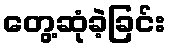
တွေ့ဆုံခဲ့ခြင်း